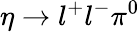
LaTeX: \eta\rightarrow l^{+}l^{-}\pi^{0}